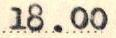
18.00